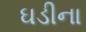
ઘડીના